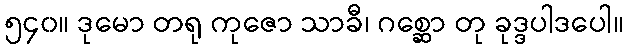
၅၄၀။ ဒုမော တရု ကုဇော သာခီ၊ ဂစ္ဆော တု ခုဒ္ဒပါဒပေါ။